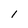
Character: l